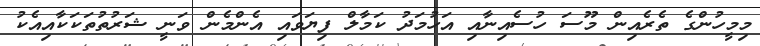
މިމީހުންގެ ތެރެއިން މޫސަ ހުސެއިނާއި އަހުމަދު ކަމާލް ފިޔަވައި އެންމެން ވަނީ ޝަރުތުތަކަކާއިއެކު